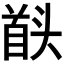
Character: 𮩠